Scottish Leaving Certificate Examination, 1959
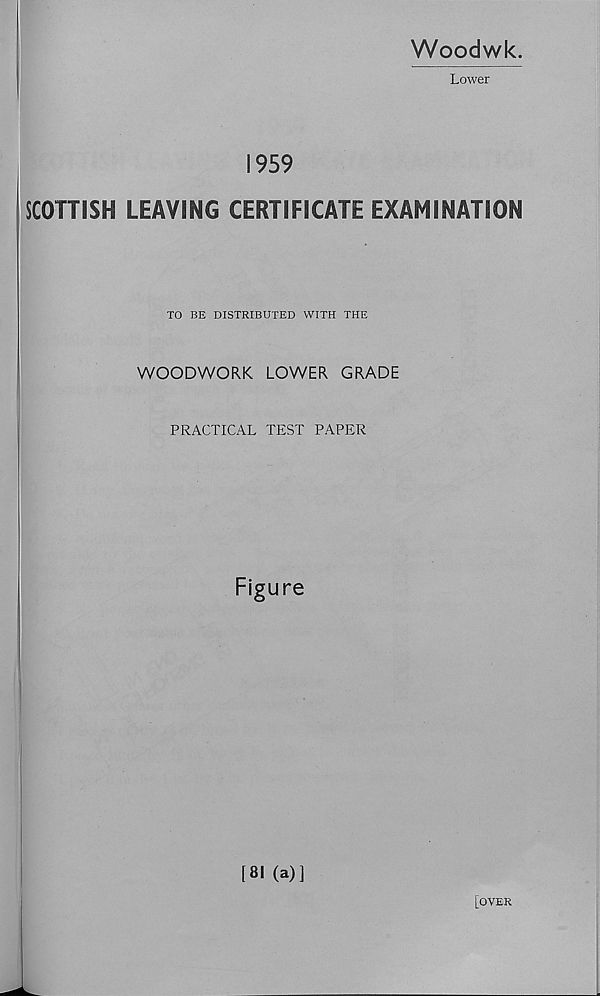
Woodwk
Lower
1959
SCOTTISH LEAVING CERTIFICATE EXAMINATION
TO BE DISTRIBUTED WITH THE
WOODWORK LOWER GRADE
PRACTICAL TEST PAPER
Figure
[81 (a)]
[OVER